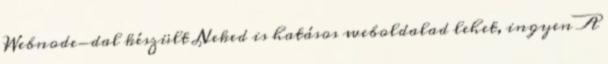
Webnode-dal készült Neked is hatásos weboldalad lehet, ingyen A